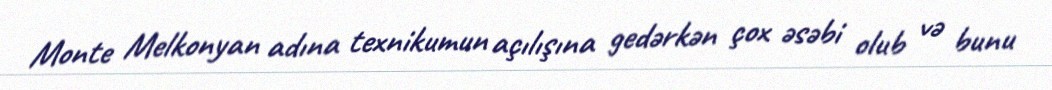
Monte Melkonyan adına texnikumun açılışına gedərkən çox əsəbi olub və bunu